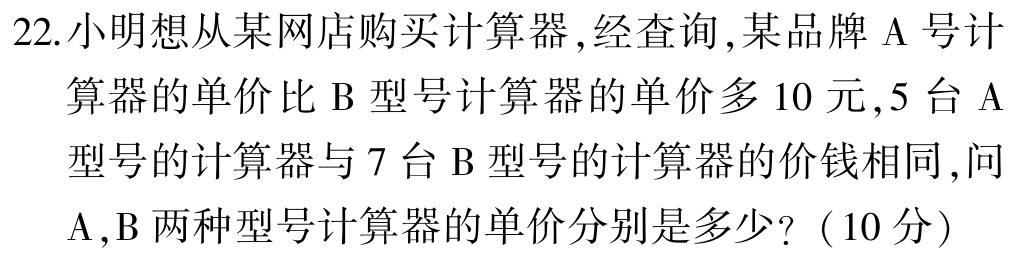
22.小明想从某网店购买计算器,经查询,某品牌$\mathrm{A}$号计算器的单价比$\mathrm{B}$型号计算器的单价多$10$元,$5$台$\mathrm{A}$型号的计算器与$7$台$\mathrm{B}$型号的计算器的价钱相同,问$\mathrm{A},\mathrm{B}$两种型号计算器的单价分别是多少?（10分）